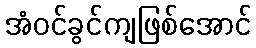
အံဝင်ခွင်ကျဖြစ်အောင်